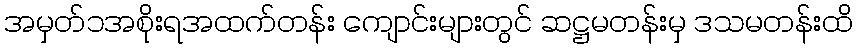
အမှတ်၁အစိုးရအထက်တန်း ကျောင်းများတွင် ဆဋ္ဌမတန်းမှ ဒသမတန်းထိ